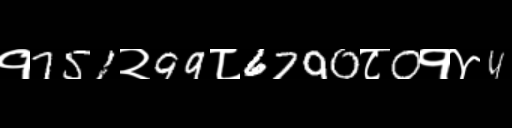
Text: १751२99८6790८0१४4